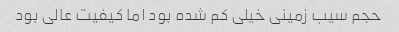
حجم سیب زمینی خیلی کم شده بود اما کیفیت عالی بود